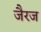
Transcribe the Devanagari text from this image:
जैरज